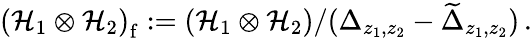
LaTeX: \left({\cal H}_{1}\otimes{\cal H}_{2}\right)_{\mathrm f}:=\left({\cal H}_{1}\otimes{\cal H}_{2}\right)/(\Delta_{z_{1},z_{2}}-\widetilde{\Delta}_{z_{1},z_{2}})\, .